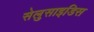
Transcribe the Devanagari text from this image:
सेलुसाइडिस